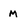
Character: M